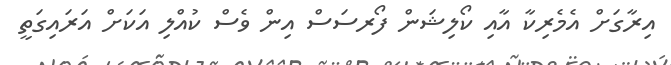
އިރާގަށް އެމެރިކާ އާއި ކޯލިޝަން ފޯރސަސް އިން ވެސް ކުއްލި އަކަށް އަރައިގަތީ